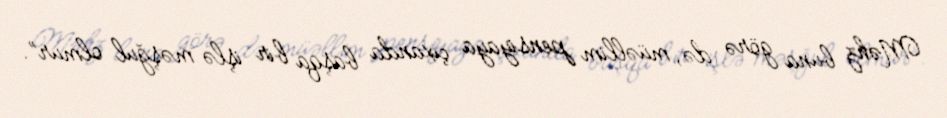
Məhz buna görə də, müəllim pensiyaya çıxanda başqa bir işlə məşğul olmur”.